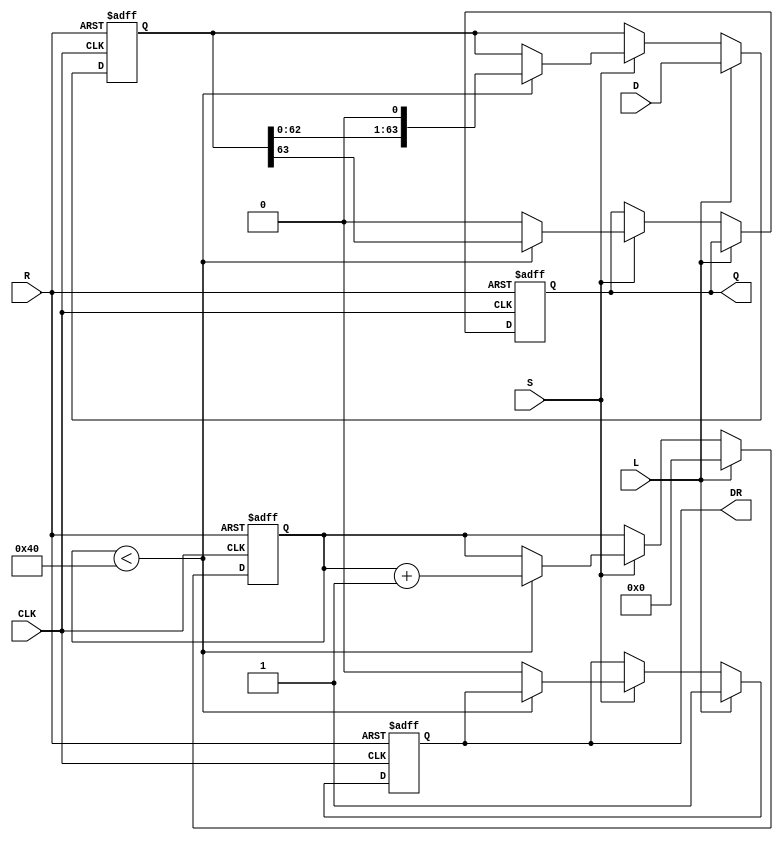
module PISO_Register (
    input wire [63:0] D,      // 64-bit parallel data input
    input wire L,             // Load signal
    input wire CLK,           // Clock signal
    input wire S,             // Shift signal
    input wire R,             // Reset signal
    output reg Q,             // Serial output
    output reg DR             // Data ready signal
);
    reg [63:0] SR;            // Shift register to hold data
    reg [5:0] count;          // 6-bit counter to track bits shifted out

    always @(posedge CLK or posedge R) begin
        if (R) begin
            // Asynchronous reset
            SR <= 64'b0;
            count <= 6'b0;
            Q <= 1'b0;
            DR <= 1'b0;
        end else begin
            if (L) begin
                // Load data into shift register
                SR <= D;
                count <= 6'b0;  // Reset counter on load
                DR <= 1'b1;      // Data is ready after load
            end else if (S) begin
                // Shift operation
                if (count < 64) begin
                    Q <= SR[63];     // Output the MSB
                    SR <= {SR[62:0], 1'b0}; // Shift left
                    count <= count + 1; // Increment count
                end else begin
                    // All bits shifted out
                    Q <= 1'b0; // Optional: Set Q to 0 when done
                    DR <= 1'b0; // Indicate no data ready
                end
            end
        end
    end
endmodule